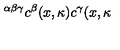
^ { \alpha \beta \gamma } c ^ { \beta } ( x , \kappa ) c ^ { \gamma } ( x , \kappa